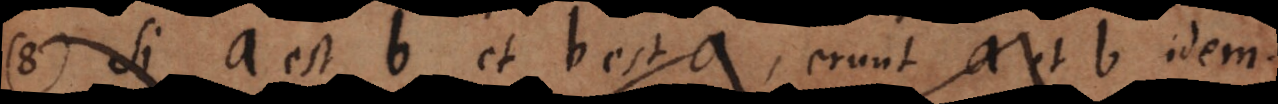
8) Si a est b et b est c, erunt a et b idem.